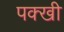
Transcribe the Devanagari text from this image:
पक्खी